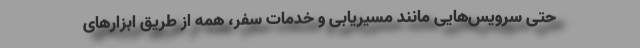
حتی سرویس‌‌هایی مانند مسیریابی و خدمات سفر، همه از طریق ابزارهای